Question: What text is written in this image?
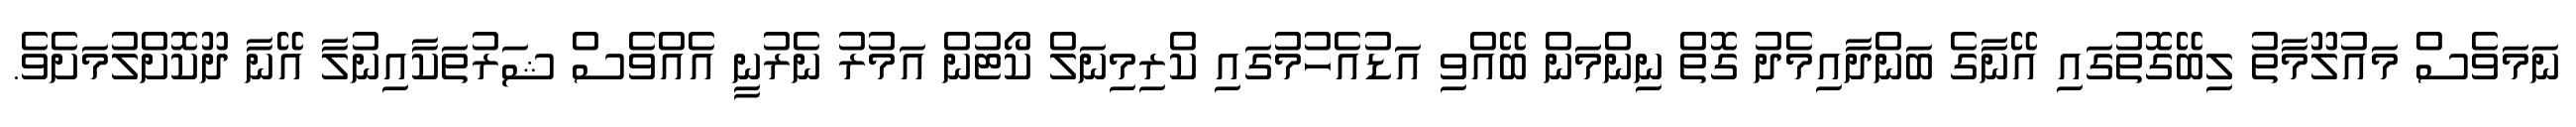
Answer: ނަމަވެސް މައުލޫމާތު ލިބޭގޮތުގައި އޭނާގެ ބަންދާއިމެދު ގޮތް ނިންމަން ބޭއްވި އަޑުއެހުމުގައި ކްރިމިނަލް ކޯޓުން އަމުރު ނެރުނީ އެއްވެސް ޝަރުތަކާއިނުލާ އޭނާ ދޫކޮށްލުމަށެވެ.